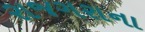
રાજગરાના